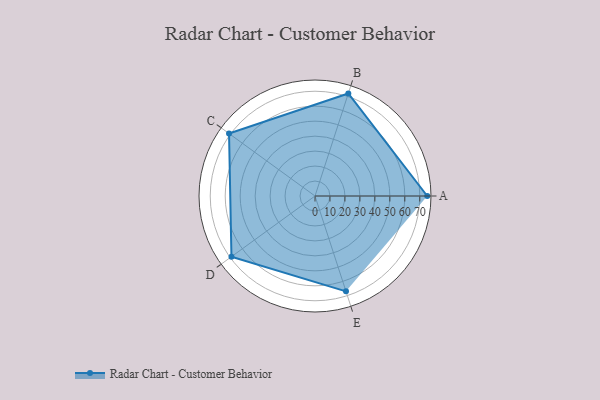
{"axis": {"x": "Skill", "y": "Score"}, "legend": ["Profile"], "data": [{"x": "A", "y": 75.0, "type": "Profile"}, {"x": "B", "y": 72.0, "type": "Profile"}, {"x": "C", "y": 71.0, "type": "Profile"}, {"x": "D", "y": 69.0, "type": "Profile"}, {"x": "E", "y": 67.0, "type": "Profile"}]}